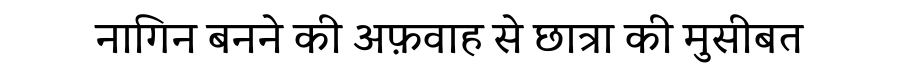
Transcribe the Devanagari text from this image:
नागिन बनने की अफ़वाह से छात्रा की मुसीबत